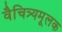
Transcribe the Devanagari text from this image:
वैचित्र्यमूलक